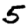
Digit: 5